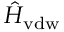
\hat { H } _ { \mathrm { v d w } }